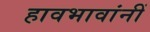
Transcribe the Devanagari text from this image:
हावभावांनीं